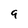
Character: q